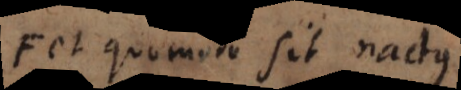
et quomodo sit nactus.